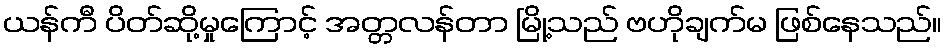
ယန်ကီ ပိတ်ဆို့မှုကြောင့် အတ္တလန်တာ မြို့သည် ဗဟိုချက်မ ဖြစ်နေသည်။